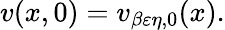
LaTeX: v(x,0)=v_{\beta\varepsilon\eta,0}(x).